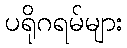
ပရိုဂရမ်များ